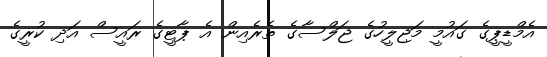
އެމްޑީޕީގެ ގައުމީ މަޖިލީހުގެ ޖަލްސާގެ ތެރެއިން އެ ޕާޓީގެ ރައީސް އަދި ކުރީގެ